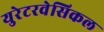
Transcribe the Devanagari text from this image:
युरेटरवेसिकल